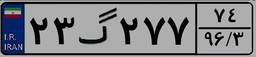
۲۳گ۲۷۷۷۴